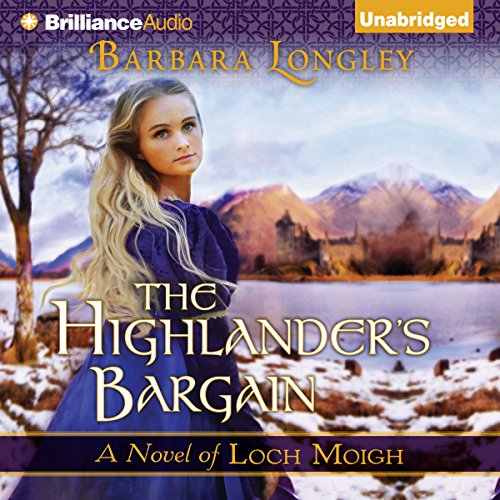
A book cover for The Highlander's Bargain: Loch Moigh, Book 2; Barbara Longley; Romance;